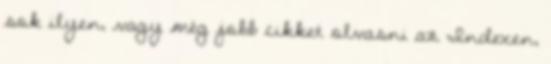
sok ilyen, vagy még jobb cikket olvasni az Indexen,